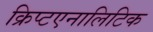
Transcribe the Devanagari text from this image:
क्रिप्टएनालिटिक